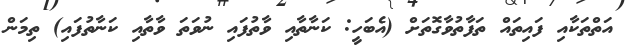
އަތްތަކާއި ފައިތައް ތަފާތުވާގޮތަށް (އެބަހީ: ކަނާތާއި ވާތުފައި ނުވަތަ ވާތާއި ކަނާތުފައި) ތިމަން